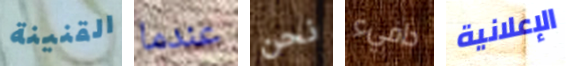
القنينة عندما نحن دافيء الإعلانية